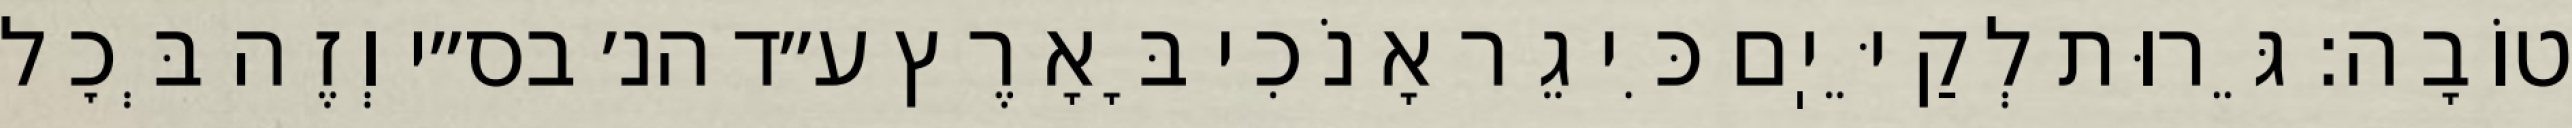
טוֹבָה: גֵּרוּת לְקַיֵּיֽם כִּי גֵר אָנֹכִי בָּאָרֶץ ע״ד הנ׳ בס״י וְזֶה בְּכׇל